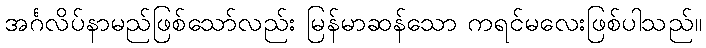
အင်္ဂလိပ်နာမည်ဖြစ်သော်လည်း မြန်မာဆန်သော ကရင်မလေးဖြစ်ပါသည်။